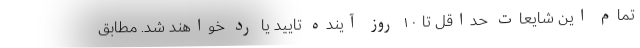
تمام این شایعات حداقل تا ۱۰ روز آینده تایید یا رد خواهند شد. مطابق